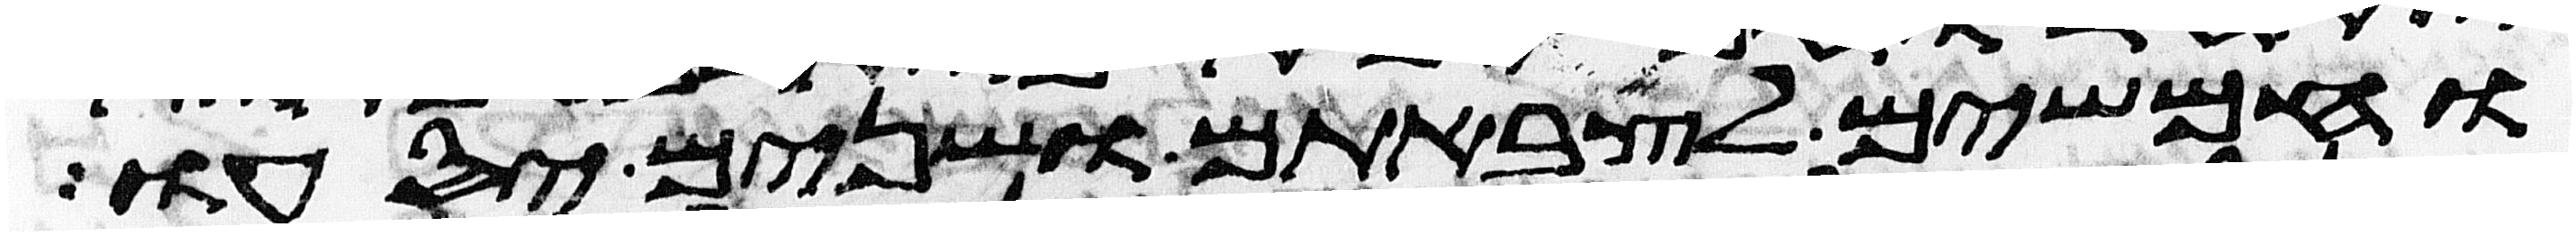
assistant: וחמשים לצבאתם ושנים יסעו